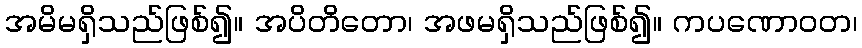
အမိမရှိသည်ဖြစ်၍။ အပိတိတော၊ အဖမရှိသည်ဖြစ်၍။ ကပဏောဝတ၊